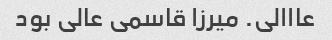
عااالی. میرزا قاسمی عالی بود